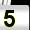
Digit: 5